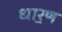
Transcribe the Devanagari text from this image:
धार॒ण